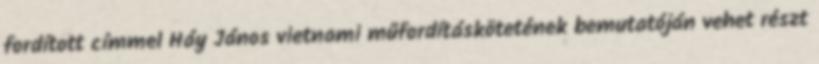
fordított címmel Háy János vietnami műfordításkötetének bemutatóján vehet részt